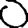
Digit: 0